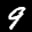
Label: 9